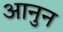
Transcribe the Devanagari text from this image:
आनुन